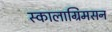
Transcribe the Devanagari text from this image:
स्कालाग्रिमसन